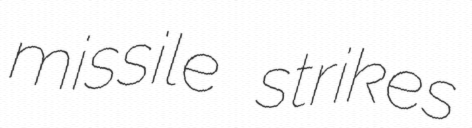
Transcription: missile strikes